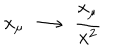
LaTeX: x _ { \mu } ~ \longrightarrow ~ \frac { x _ { \mu } } { x ^ { 2 } }